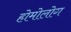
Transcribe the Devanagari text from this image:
होमोलोग